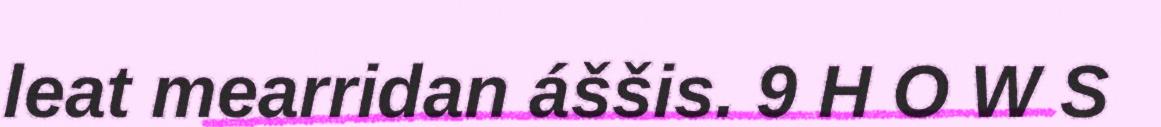
leat mearridan áššis. 9 H O W S